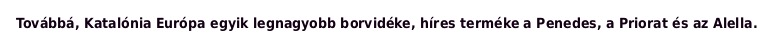
Továbbá, Katalónia Európa egyik legnagyobb borvidéke, híres terméke a Penedes, a Priorat és az Alella.